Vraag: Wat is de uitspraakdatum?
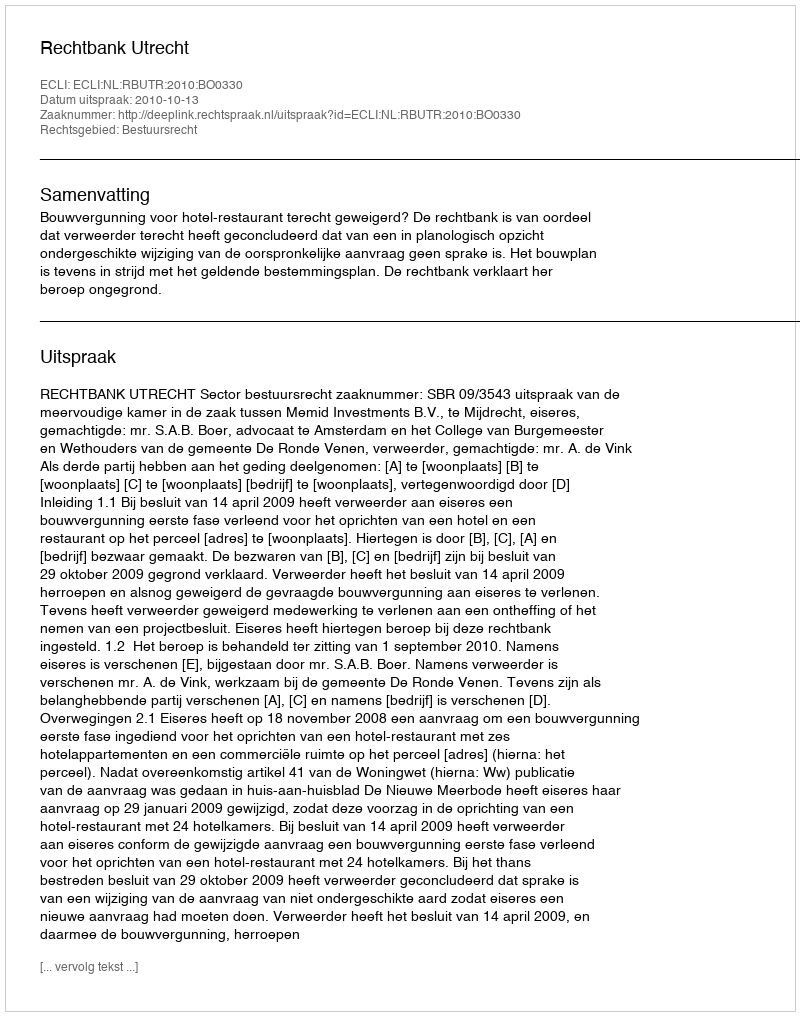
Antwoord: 2010-10-13